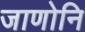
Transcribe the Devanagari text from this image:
जाणोनि